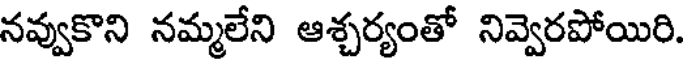
నవ్వుకొని నమ్మలేని ఆశ్చర్యంతో నివ్వెరపోయిరి.